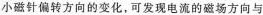
小磁针偏转方向的变化，可发现电流的磁场方向与